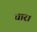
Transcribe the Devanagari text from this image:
धार।